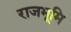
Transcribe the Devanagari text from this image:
राजभूमि